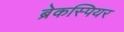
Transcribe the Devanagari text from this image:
ब्रेकस्पियर